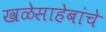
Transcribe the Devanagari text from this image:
खळेसाहेबांचे